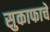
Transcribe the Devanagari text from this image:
सुकाफाचे